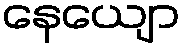
နေယျော